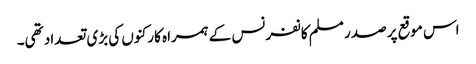
اس موقع پر صدر مسلم کانفرنس کے ہمراہ کارکنوں کی بڑی تعداد تھی۔